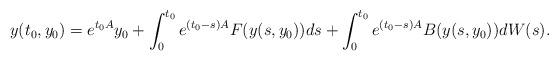
LaTeX: \begin{align*}y(t_0, y_0)= e^{t_0A}y_0 + \int^{t_0}_0 e^{(t_0 -s)A}F(y(s, y_0))ds + \int^{t_0}_0 e^{(t_0 -s)A}B(y(s, y_0))dW(s).\end{align*}